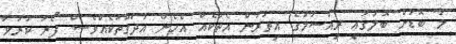
މާ ބޮޑަށް ބޮލުގައި ރިއްސުމުގެ އިތުރުން އެތަކެއް އެހެން އުދަގޫތަކެއްވެސް ފޯރު ކުރުވާ